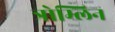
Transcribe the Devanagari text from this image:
त्रोम्लिन